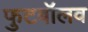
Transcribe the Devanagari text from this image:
फुटबॉलव